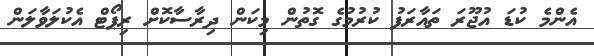
އެންމެ ކުޑަ އުޖޫރަ ތައާރަފު ކުރުމުގެ ގޮތުން މިކަން ދިރާސާކޮށް ރިޕޯޓް އެކުލަވާލަން